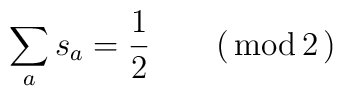
\sum_{a}s_{a} = \frac{1}{2}\qquad (\,\textrm{mod} \, 2\,)